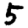
Digit: 5